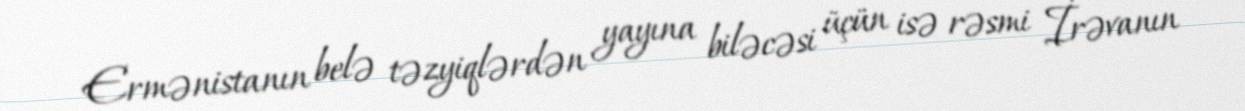
Ermənistanın belə təzyiqlərdən yayına biləcəsi üçün isə rəsmi İrəvanın